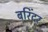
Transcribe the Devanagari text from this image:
बरिंदर